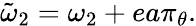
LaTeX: \tilde{\omega}_{2}=\omega_{2}+ea\pi_{\theta}.